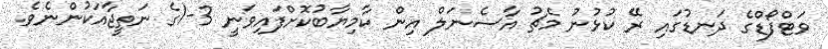
ވަޓްފޯޑްގެ ދަނޑުގައި ރޭ ކުޅުނު މެޗު އާސެނަލް އިން ކާމިޔާބުކޮށްފައިވަނީ 3-1ގެ ނަތީޖާއަކުންނެވެ.